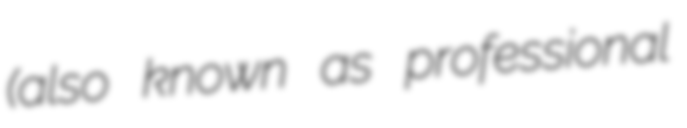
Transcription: (also known as professional